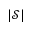
| \mathcal S |